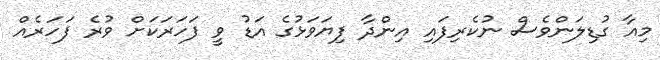
މިއާ ގުޑިލަންވެސް ނުކެރިފައި އިންދާ ފިޔަވަޅުގެ އަޑު ވީ ފަހަރަކަށް ވުރެ ފަހަރެއް